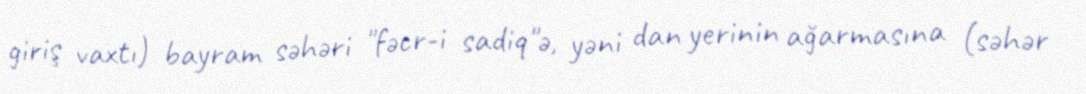
giriş vaxtı) bayram səhəri "fəcr-i sadiq"ə, yəni dan yerinin ağarmasına (səhər